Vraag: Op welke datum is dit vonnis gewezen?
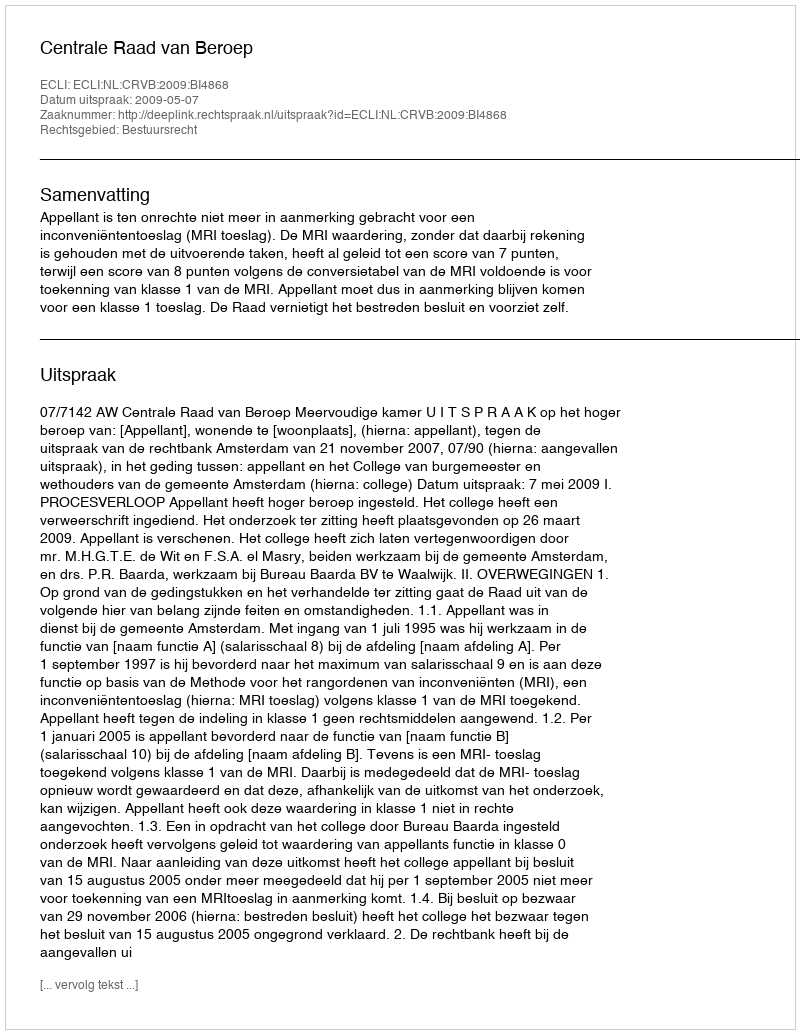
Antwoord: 2009-05-07